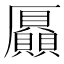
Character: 𠫍